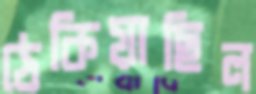
ঠেকিয়াছিল